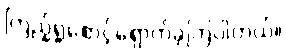
ကြည့်ရှုစောင့်ရှောက်ခဲ့ကြပါတယ်။